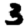
Digit: 3